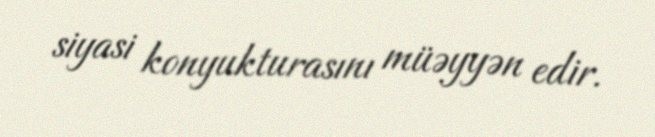
siyasi konyukturasını müəyyən edir.